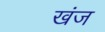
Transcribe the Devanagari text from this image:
खंज